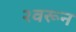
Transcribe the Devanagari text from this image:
२वरून